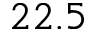
2 2 . 5